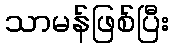
သာမန်ဖြစ်ပြီး